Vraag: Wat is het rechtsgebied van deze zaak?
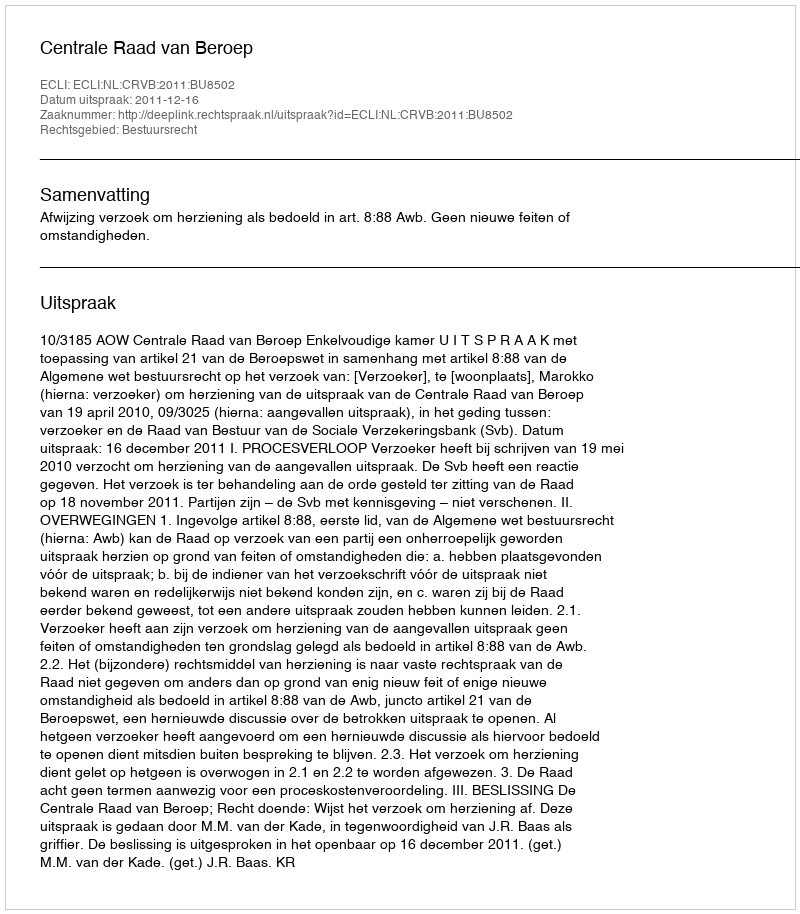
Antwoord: Bestuursrecht